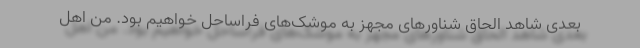
بعدی شاهد الحاق شناورهای مجهز به موشک‌های فراساحل خواهیم بود. من اهل